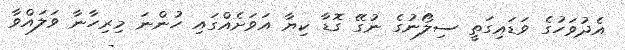
އެދުވަހުގެ ވަޑައިގަތީ ސިލޯނުގެ ނުގޭ ގޮޑާ ކިޔާ އަވަށެއްގައި ހުންނަ މިރިހާނާ ވަލައްވާ